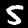
Label: 5